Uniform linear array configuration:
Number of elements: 48
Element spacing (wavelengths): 0.25
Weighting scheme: kaiser
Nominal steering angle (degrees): -30
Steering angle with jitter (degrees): -29.412
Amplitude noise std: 0.05
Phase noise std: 0.05

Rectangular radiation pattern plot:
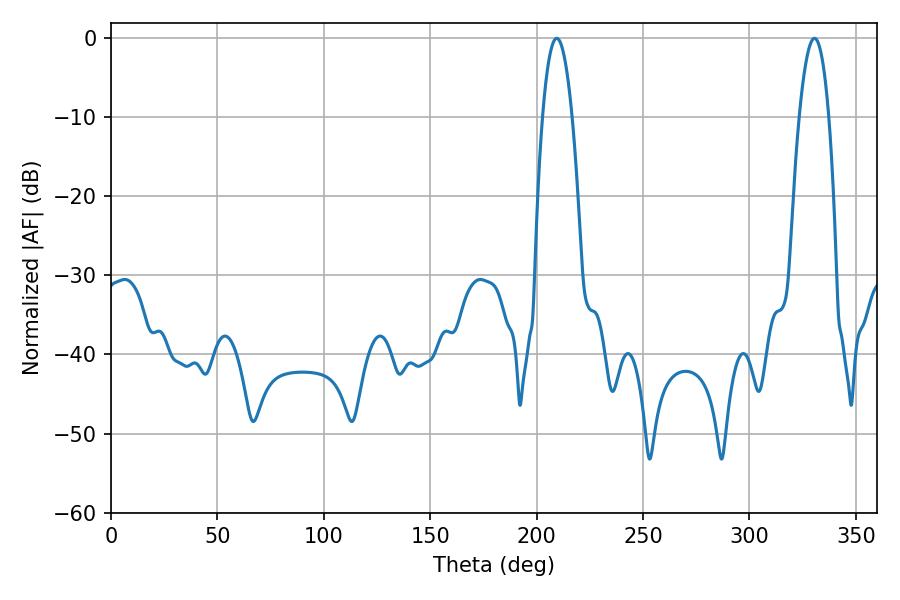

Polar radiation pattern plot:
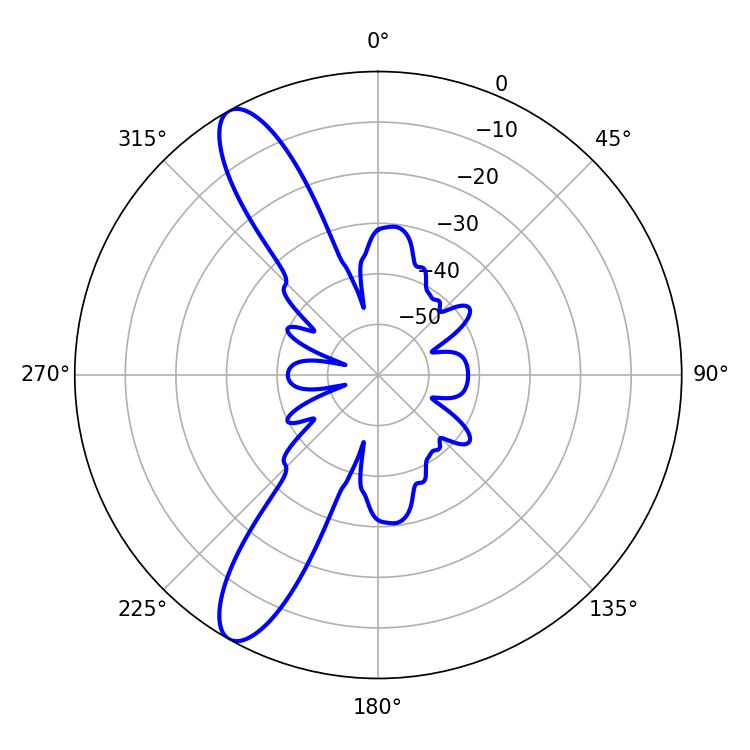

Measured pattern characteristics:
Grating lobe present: FALSE
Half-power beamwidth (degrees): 7.56
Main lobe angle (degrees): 209.52